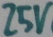
Text: 25V